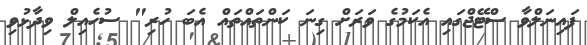
ފައިނަލްވާ ސްޓޭޖްގައި އެކަމުގެ ވަރަށް ގިނަ ކަންތައްތައް އެބަ ހުރި" ސުހެއިލް ވިދާޅުވި